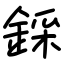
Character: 𨨫